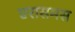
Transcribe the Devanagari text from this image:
एरासमस